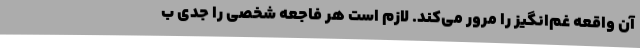
آن واقعه غم‌انگیز را مرور می‌کند. لازم است هر فاجعه شخصی را جدی ب